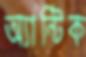
অ্যান্টিক